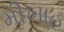
મીખાહ